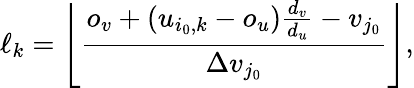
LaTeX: \ell_{k}=\left\lfloor\frac{o_{v}+(u_{i_{0},k}-o_{u})\frac{d_{v}}{d_{u}}-v_{j_{0}}}{\Delta v_{j_{0}}}\right\rfloor,